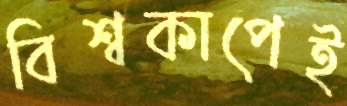
বিশ্বকাপেই